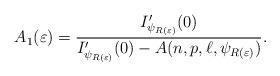
LaTeX: \begin{align*}A_1(\varepsilon)= \frac{I'_{\psi_{R(\varepsilon)}}(0)}{I'_{\psi_{R(\varepsilon)}}(0)-A(n,p,\ell,\psi_{R(\varepsilon)})}.\end{align*}